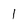
Character: 1